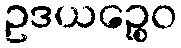
ဥဒယဉ္စေဝ